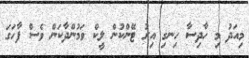
މިއަދު މި ހާދިސާ ހިނގި އިރު ޓޭންކުން ލީކް ވަމުންދާކަން ވެސް ފާހަގަ